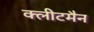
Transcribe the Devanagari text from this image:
क्लीटमैन